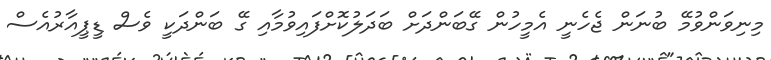
މިނިވަންވުމޭ ބުނަން ޖެހެނީ އެމީހުން ގޭބަންދަށް ބަދަލުކޮށްފައިވުމާއި ގޭ ބަންދަކީ ވެސް ޑީޕީއާރުއެސް